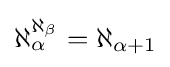
\aleph _{\alpha }^{\aleph _{\beta }}=\aleph _{\alpha +1}